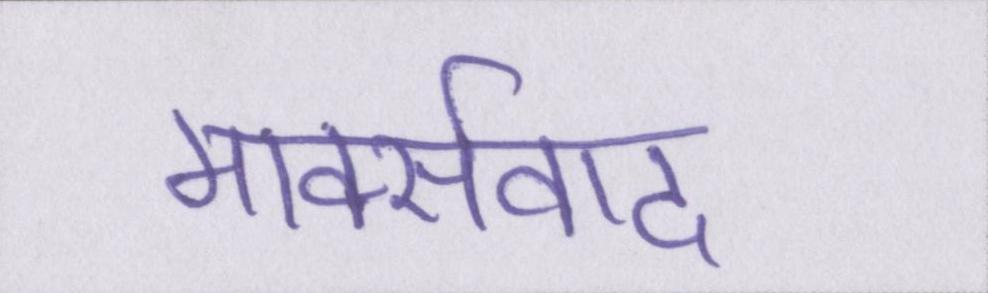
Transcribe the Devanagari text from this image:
मार्क्सवाद